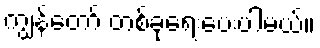
ကျွန်တော် တစ်ခုရေးပေးပါမယ်။